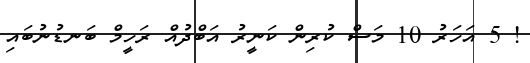
! 5 އަހަރު 10 މަސް ކުރިން ކަނީރު އަބްދުއް ރަހީމް ބަނޑުނުބައި